Leaving Certificate Examination (including Day School Certificate (Higher) General paper), 1938
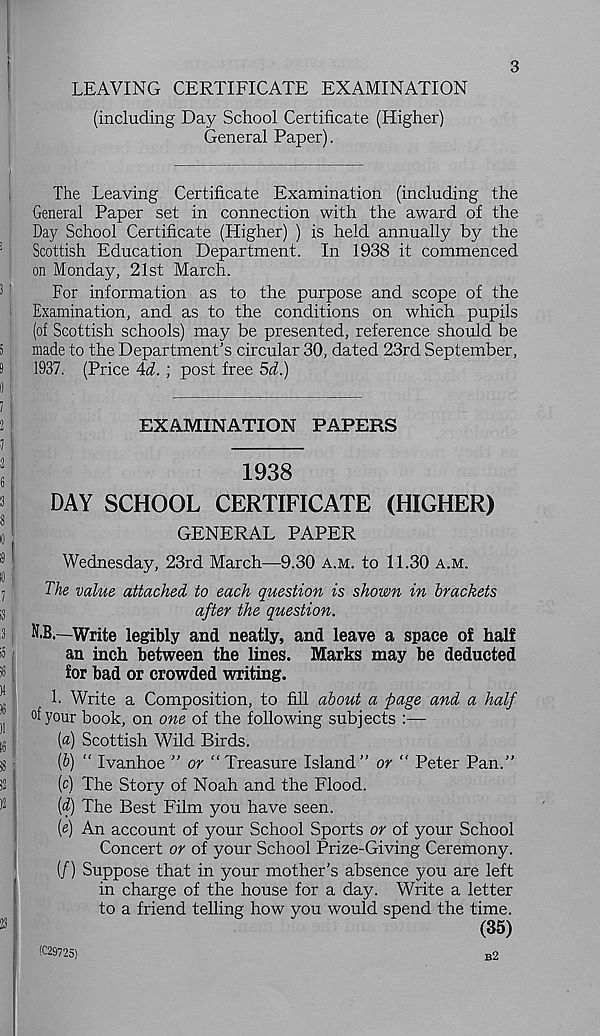
3
LEAVING CERTIFICATE EXAMINATION
(including Day School Certificate (Higher)
General Paper).
The Leaving Certificate Examination (including the
General Paper set in connection with the award of the
Day School Certificate (Higher) ) is held annually by the
Scottish Education Department. In 1938 it commenced
on Monday, 21st March.
For information as to the purpose and scope of the
Examination, and as to the conditions on which pupils
(of Scottish schools) may be presented, reference should be
made to the Department’s circular 30, dated 23rd September,
1937. (Price Ad. ; post free 5d.)
EXAMINATION PAPERS
1938
DAY SCHOOL CERTIFICATE (HIGHER)
GENERAL PAPER
Wednesday, 23rd March—9.30 A.M. to 11.30 A.M.
The value attached to each question is shown in brackets
after the question.
N.B.—Write legibly and neatly, and leave a space of half
an inch between the lines. Marks may be deducted
for bad or crowded writing.
1. Write a Composition, to fill about a page and a half
your book, on one of the following subjects :—
(a) Scottish Wild Birds.
[b) “ Ivanhoe ” or “Treasure Island” or “ Peter Pan.”
(cj The Story of Noah and the Flood.
(d) The Best Film you have seen.
(e) An account of your School Sports or of your School
Concert or of your School Prize-Giving Ceremony.
(/) Suppose that in your mother’s absence you are left
in charge of the house for a day. Write a letter
to a friend telling how you would spend the time.
(35)
(C2972S)
b2